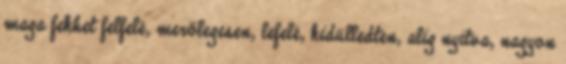
maga fekhet felfelé, merőlegesen, lefelé, kidülledten, alig nyitva, nagyon